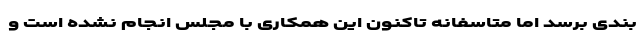
بندی برسد اما متاسفانه تاکنون این همکاری با مجلس انجام نشده است و